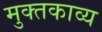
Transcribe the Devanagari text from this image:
मुक्तकाव्य